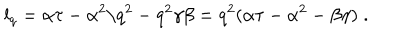
l _ { q } = \alpha \tau - \alpha ^ { 2 } / q ^ { 2 } - q ^ { 2 } \gamma \beta = q ^ { 2 } ( \alpha \tau - \alpha ^ { 2 } - \beta \gamma ) \; .